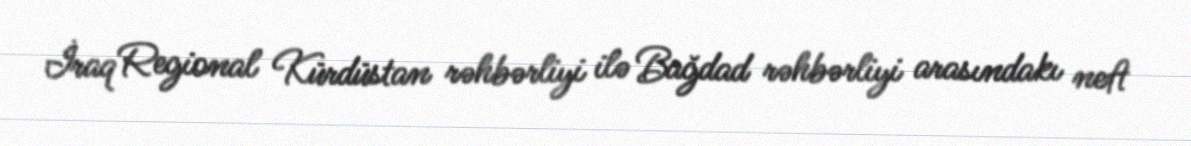
İraq Regional Kürdüstan rəhbərliyi ilə Bağdad rəhbərliyi arasındakı neft